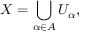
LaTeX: X = \bigcup _ { \alpha \in A } U _ { \alpha } ,